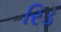
રિડ